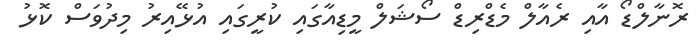
ރޮނާލްޑޯ އާއި ރެއާލް މެޑްރިޑް ސޯޝަލް މީޑިއާގައި ކުރީގައި އުޅޭއިރު މިދުވަސް ކޮޅު